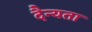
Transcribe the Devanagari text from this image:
दैन्यता